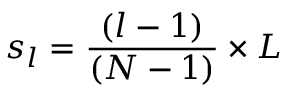
s _ { l } = \frac { ( l - 1 ) } { ( N - 1 ) } \times L